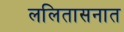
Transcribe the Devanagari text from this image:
ललितासनात